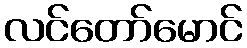
လင်တော်မောင်